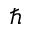
\hbar